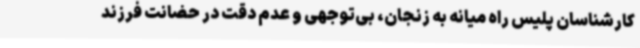
کارشناسان پلیس راه میانه به زنجان، بی‌توجهی و عدم دقت در حضانت فرزند